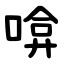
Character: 啽